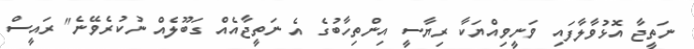
ނަތީޖާ އޮޅުވާލާފައި ވަނީވިއްޔަކާ ރިޔާސީ އިންތިހާބުގެ އެ ނަތީޖާއެއް ގަބޫލެއް ނުކުރެވޭނެ" ރައީސް